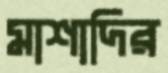
মাশাদির